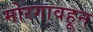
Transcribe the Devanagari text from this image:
मोरगावहून